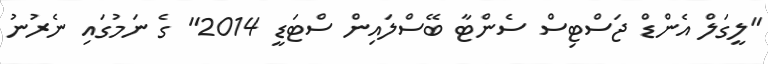
"ލީގަލް އެންޑް ޖަސްޓިސް ސެންޓާ ބޭސްލައިން ސްޓަޑީ 2014" ގެ ނަމުގައި ނެރުނު